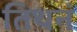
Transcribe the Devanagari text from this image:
तिथनं